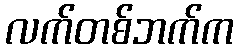
လက်တစ်ဘက်က